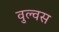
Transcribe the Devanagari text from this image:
वुल्वस